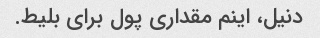
دنیل، اینم مقداری پول برای بلیط.